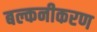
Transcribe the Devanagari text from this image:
बल्कनीकरण